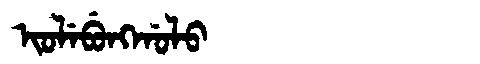
Manchu: ᡳᠣᠯᡝᠪᡠᠩᡤᠣᠯᠣ
Romanization: IOLEBUNGGOLO